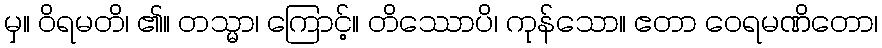
မှ။ ဝိရမတိ၊ ၏။ တသ္မာ၊ ကြောင့်။ တိဿောပိ၊ ကုန်သော။ ဧတာ ဝေရမဏိတော၊